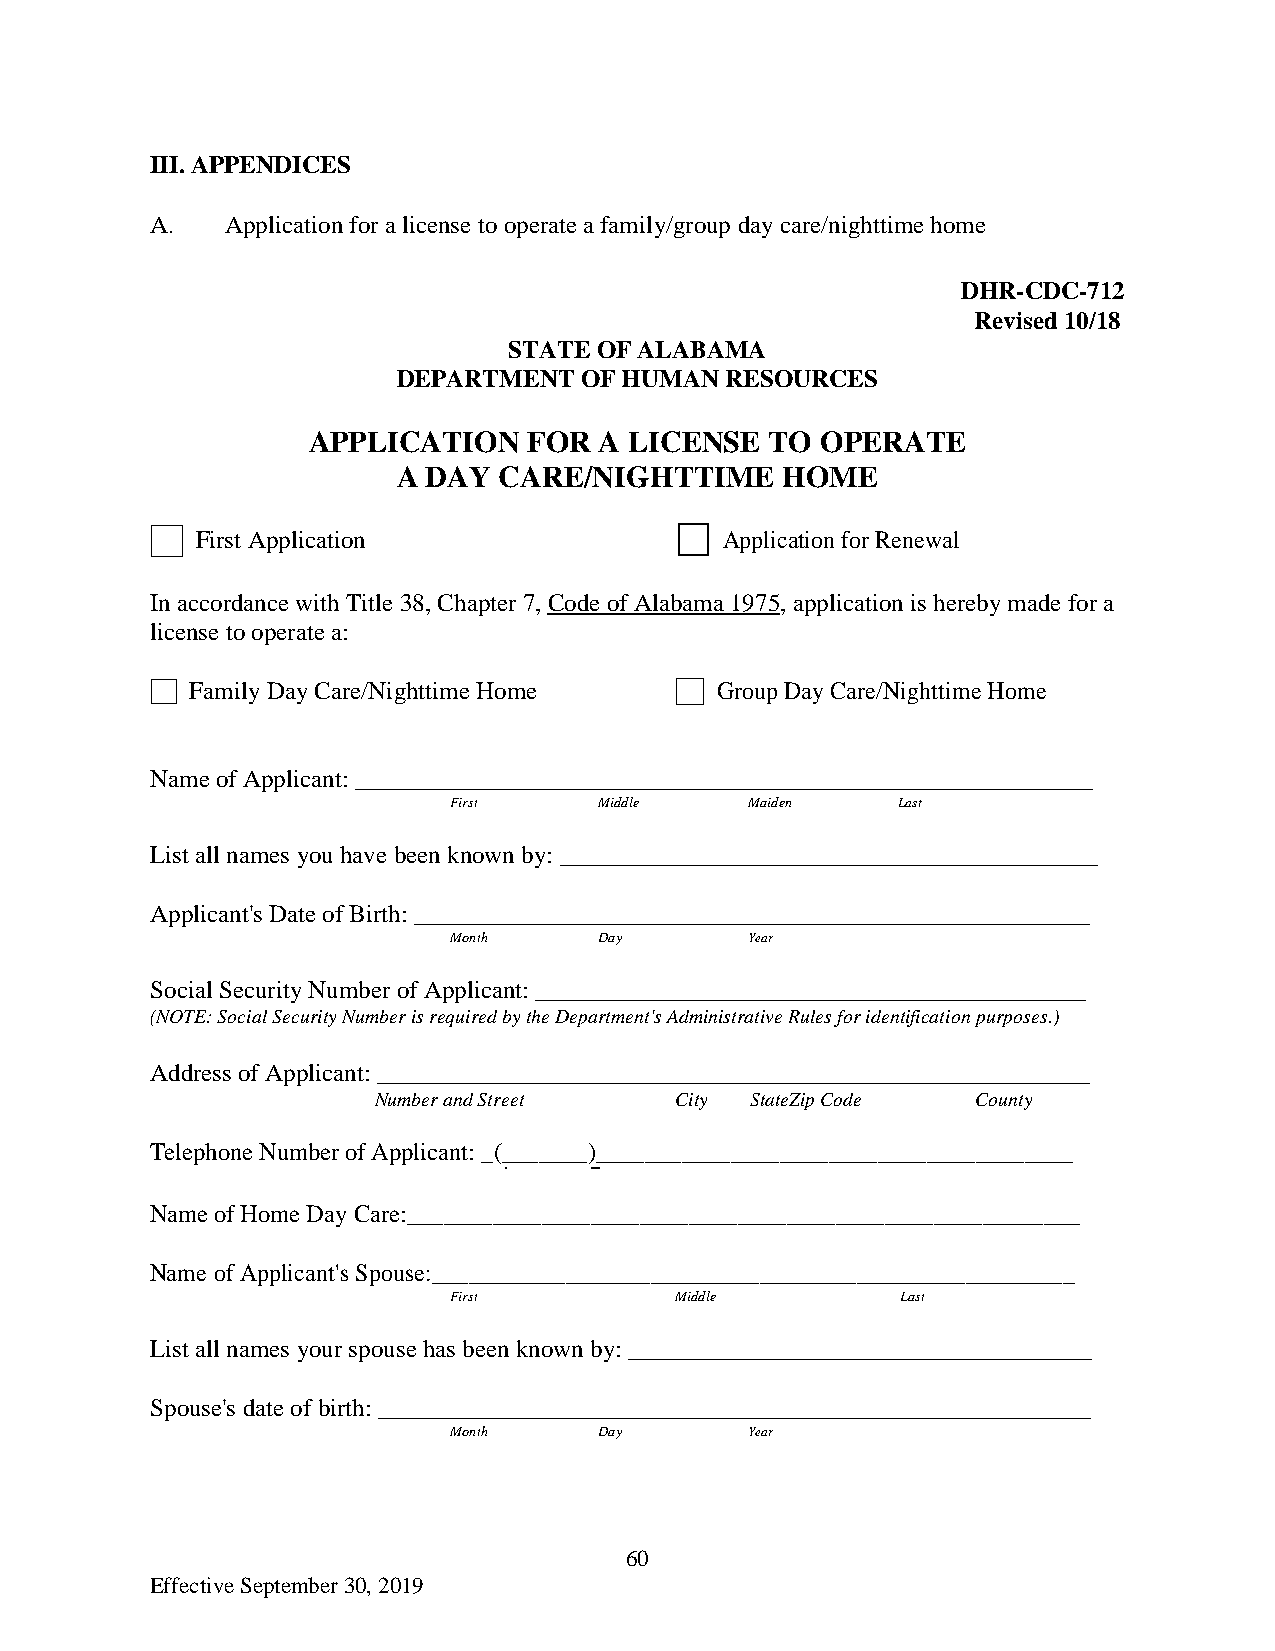
III. APPENDICES
 A.   Application for a license to operate a family/group day care/nighttime home
 DHR-CDC-712
 Revised 10/18
 STATE OF ALABAMA
 DEPARTMENT  OF HUMAN  RESOURCES
 APPLICATION    FOR  A LICENSE  TO OPERATE
 A DAY  CARE/NIGHTTIME     HOME
 First Application                  Application for Renewal
 In accordance with Title 38, Chapter 7, Code of Alabama 1975, application is hereby made for a
 license to operate a:
 Family Day Care/Nighttime Home    Group Day Care/Nighttime Home
 Name of Applicant: ___________________________________________________________
 First     Middle    Maiden   Last
 List all names you have been known by: ___________________________________________
 Applicant's Date of Birth: ______________________________________________________
 Month     Day       Year
 Social Security Number of Applicant: ____________________________________________
 (NOTE: Social Security Number is required by the Department's Administrative Rules for identification purposes.)
 Address of Applicant: _________________________________________________________
 Number and Street   City StateZip Code  County
 Telephone Number of Applicant: _(_______)_______________________________________
 Name of Home Day Care:_______________________________________________________
 Name of Applicant's Spouse:_____________________________________________________
 First          Middle         Last
 List all names your spouse has been known by: _____________________________________
 Spouse's date of birth: _________________________________________________________
 Month     Day       Year
 60
 Effective September 30, 2019